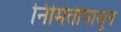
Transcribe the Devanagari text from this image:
निमिर्तीपासून